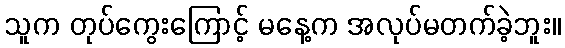
သူက တုပ်ကွေးကြောင့် မနေ့က အလုပ်မတက်ခဲ့ဘူး။